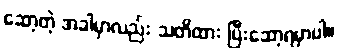
ဆော့တဲ့ အခါမှာလည်း သတိထား ပြီးဆော့ရမှာပါ။